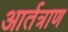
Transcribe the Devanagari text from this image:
आर्तत्राण